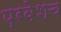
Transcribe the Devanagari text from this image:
प्रवेशच